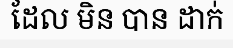
ដែល មិន បាន ដាក់